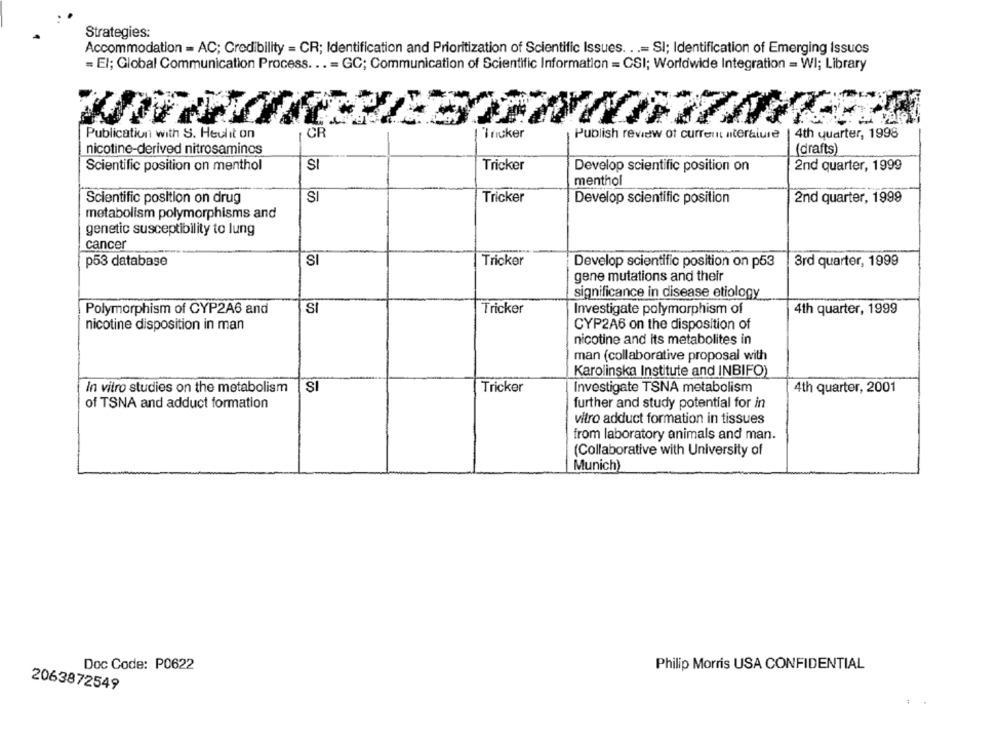
Strategies:
Accommodation = AC; Credibility = CR; Identification and Prioritization of Scientific Issues. ..= SI; Identification of Emerging Issues
= El; Global Communication Process. .. = GC; Communication of Scientific Information = CSI; Worldwide Integration = WI; Library
Publication with S. Heulit on
CR
Tricker
4th quarter, 1998
Publish review of current nteralure
(drafts)
nicotine-derived nitrosaminos
Scientific position on menthol
SI
Tricker
Develop scientific position on
2nd quarter, 1999
menthol
Scientific position on drug
SI
Tricker
Develop scientific position
2nd quarter, 1999
metabolism polymorphisms and
genetic susceptibility to lung
cancer
p53 database
SI
Tricker
Develop scientific position on p53
3rd quarter, 1999
gene mutations and their
significance in disease etiology
Polymorphism of CYP2A6 and
SI
Tricker
Investigate polymorphism of
4th quarter, 1999
nicotine disposition in man
CYP2A6 on the disposition of
nicotine and its metabolites in
man (collaborative proposal with
Karolinska Institute and INBIFO)
In vitro studies on the metabolism
SI
Tricker
Investigate TSNA metabolism
4th quarter, 2001
of TSNA and adduct formation
further and study potential for in
vitro adduct formation in tissues
from laboratory animals and man.
(Collaborative with University of
Munich)
Doc Code: P0622
Philip Morris USA CONFIDENTIAL
2063872549